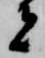
者